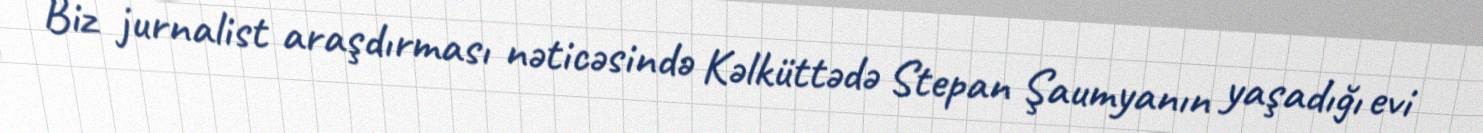
Biz jurnalist araşdırması nəticəsində Kəlküttədə Stepan Şaumyanın yaşadığı evi